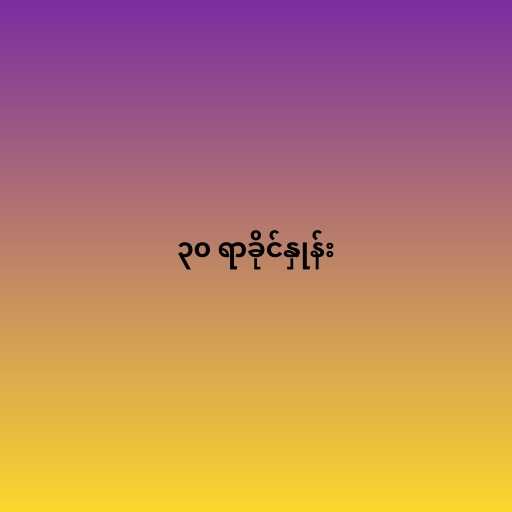
၃၀ ရာခိုင်နှုန်း